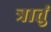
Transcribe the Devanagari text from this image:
त्रातुं